Code of medical and sanitary regulations for the guidance of medical officers serving in the Madras Presidency - Volume I
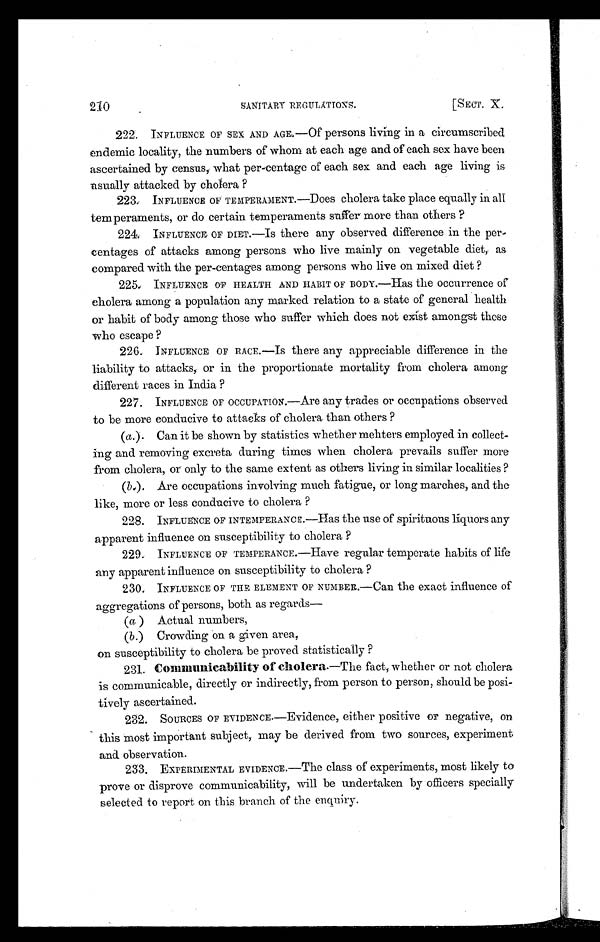
210
SANITARY REGULATTONS.
[SECT. X.
222. INFLUENCE OF SEX AND AGE.—Of persons living in a circumscribed
endemic locality, the numbers of whom at each age and of each sex have been
ascertained by census; what percentage of each sex and each age living is
usually attacked by cholera ?
223. INFLUENCE OF TEMPERAMENT.—Does cholera take place equally in all
temperaments, or do certain temperaments suffer more than others ?
224: INFLUENCE OF DIET.—Is there any observed difference in the per-
centages of attacks among persons who live mainly on vegetable diet, as
compared with the per-centages among persons who live on mixed. diet ?
225. INFLUENCE OF HEALTH AND HABIT OF BODY.—Has the occurrence of
cholera among a population any marked relation to a state of general health
or habit of body among those who suffer which does not exist amongst these
who escape ?
226. INFLUENCE OF RACE.—Is there any appreciable difference in the
liability to attacks, or in the proportionate mortality from cholera among
different races in India ?
226.
227. INFLUENCE OF OCCUPATION.—Are any trades or occupations observed
to be more conducive to attacks of cholera than others ?
(a.). Can it be shown by statistics whether mehters employed in collect-
ing and removing excreta during times when cholera prevails suffer more
from cholera, or only to the same extent as others living in similar localities ?
( b.). Are occupations involving much fatigue, or long marches, and the
like, more or less conducive to cholera ?
228. INFLUENCE OF INTEMPERANCE .—Has the use of spirituous liquors any
apparent influence on susceptibility to cholera ?
229. INFLUENCE OF TEMPERANCE.—Have regular temperate habits of life
any apparent influence on susceptibility to cholera ?
230. INFLUENCE OF THE ELEMENT OF NUMBER.—Can the exact influence of
aggregations of persons, both as regards—
(a ) Actual numbers,
(b. ) Crowding on a given area,
on susceptibility to cholera be proved statistically ?
231. Communicability of cholera. —The fact, whether or not cholera
is communicable, directly or indirectly, from person to person, should be posi-
tively ascertained.
232. SOURCES OF EVI DENCE. —Ev i d e n c e , e i t h e r p o s i t i v e o r n e g a t i v e , o n
this most important subject, may be derived from two sources, experiment
and observation.
233. EXPERIMENTAL EVIDENCE.— The class of experiments, most likely to
prove or disprove communicability, will be undertaken by officers specially
selected to report on this branch of the enquiry.